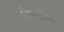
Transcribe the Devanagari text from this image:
विषमतेला